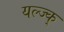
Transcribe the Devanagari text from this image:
यल्ज्क्